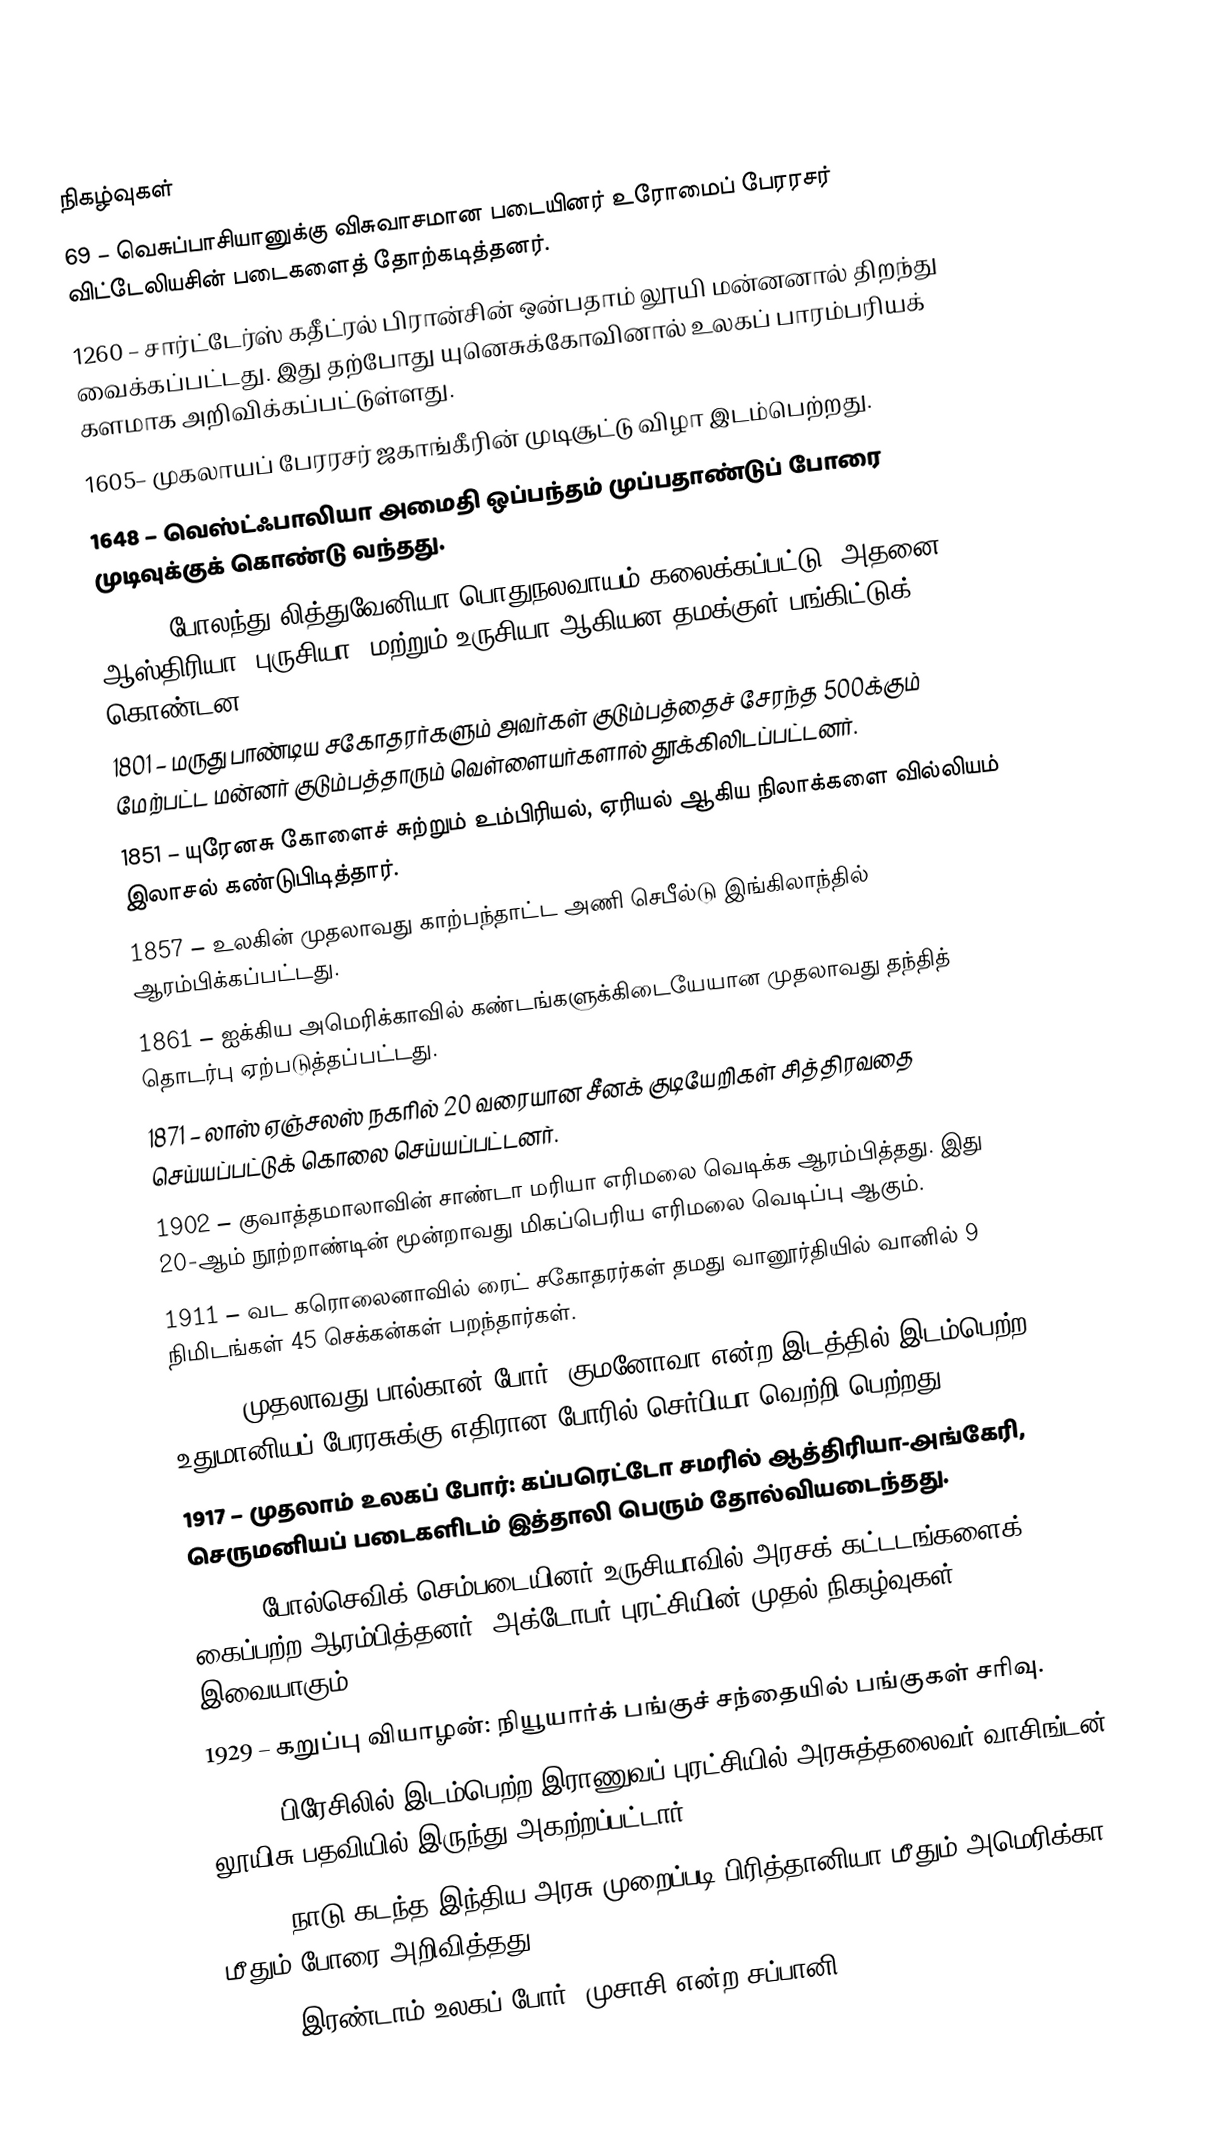

நிகழ்வுகள்
69 – வெசுப்பாசியானுக்கு விசுவாசமான படையினர் உரோமைப் பேரரசர் விட்டேலியசின் படைகளைத் தோற்கடித்தனர்.
1260 – சார்ட்டேர்ஸ் கதீட்ரல் பிரான்சின் ஒன்பதாம் லூயி மன்னனால் திறந்து வைக்கப்பட்டது. இது தற்போது யுனெசுக்கோவினால் உலகப் பாரம்பரியக் களமாக அறிவிக்கப்பட்டுள்ளது.
1605– முகலாயப் பேரரசர் ஜகாங்கீரின் முடிசூட்டு விழா இடம்பெற்றது.
1648 – வெஸ்ட்ஃபாலியா அமைதி ஒப்பந்தம் முப்பதாண்டுப் போரை முடிவுக்குக் கொண்டு வந்தது.
1795 – போலந்து-லித்துவேனியா பொதுநலவாயம் கலைக்கப்பட்டு, அதனை ஆஸ்திரியா, புருசியா, மற்றும் உருசியா ஆகியன தமக்குள் பங்கிட்டுக் கொண்டன.
1801 – மருது பாண்டிய சகோதரர்களும் அவர்கள் குடும்பத்தைச் சேரந்த 500க்கும் மேற்பட்ட மன்னர் குடும்பத்தாரும் வெள்ளையர்களால் தூக்கிலிடப்பட்டனர்.
1851 – யுரேனசு கோளைச் சுற்றும் உம்பிரியல், ஏரியல் ஆகிய நிலாக்களை வில்லியம் இலாசல் கண்டுபிடித்தார்.
1857 – உலகின் முதலாவது காற்பந்தாட்ட அணி செபீல்டு இங்கிலாந்தில் ஆரம்பிக்கப்பட்டது.
1861 – ஐக்கிய அமெரிக்காவில் கண்டங்களுக்கிடையேயான முதலாவது தந்தித் தொடர்பு ஏற்படுத்தப்பட்டது.
1871 – லாஸ் ஏஞ்சலஸ் நகரில் 20 வரையான சீனக் குடியேறிகள் சித்திரவதை செய்யப்பட்டுக் கொலை செய்யப்பட்டனர்.
1902 – குவாத்தமாலாவின் சாண்டா மரியா எரிமலை வெடிக்க ஆரம்பித்தது. இது 20-ஆம் நூற்றாண்டின் மூன்றாவது மிகப்பெரிய எரிமலை வெடிப்பு ஆகும்.
1911 – வட கரொலைனாவில் ரைட் சகோதரர்கள் தமது வானூர்தியில் வானில் 9 நிமிடங்கள் 45 செக்கன்கள் பறந்தார்கள்.
1912 – முதலாவது பால்கான் போர்: குமனோவா என்ற இடத்தில் இடம்பெற்ற உதுமானியப் பேரரசுக்கு எதிரான போரில் செர்பியா வெற்றி பெற்றது.
1917 – முதலாம் உலகப் போர்: கப்பரெட்டோ சமரில் ஆத்திரியா-அங்கேரி, செருமனியப் படைகளிடம் இத்தாலி பெரும் தோல்வியடைந்தது.
1917 – போல்செவிக் செம்படையினர் உருசியாவில் அரசக் கட்டடங்களைக் கைப்பற்ற ஆரம்பித்தனர். அக்டோபர் புரட்சியின் முதல் நிகழ்வுகள் இவையாகும்.
1929 – கறுப்பு வியாழன்: நியூயார்க் பங்குச் சந்தையில் பங்குகள் சரிவு.
1930 – பிரேசிலில் இடம்பெற்ற இராணுவப் புரட்சியில் அரசுத்தலைவர் வாசிங்டன் லூயிசு பதவியில் இருந்து அகற்றப்பட்டார்.
1943 – நாடு கடந்த இந்திய அரசு முறைப்படி பிரித்தானியா மீதும் அமெரிக்கா மீதும் போரை அறிவித்தது.
1944 – இரண்டாம் உலகப் போர்: முசாசி என்ற சப்பானி